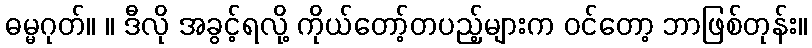
ဓမ္မဂုတ်။ ။ ဒီလို အခွင့်ရလို့ ကိုယ်တော့်တပည့်များက ဝင်တော့ ဘာဖြစ်တုန်း။